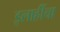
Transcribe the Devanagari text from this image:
इलाहींचा